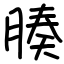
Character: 腠